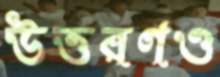
উত্তরণও